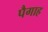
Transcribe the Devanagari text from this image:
पैगाह